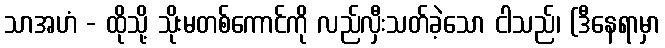
သာအဟံ - ထိုသို့ သိုးမတစ်ကောင်ကို လည်လှီးသတ်ခဲ့သော ငါသည်၊ (ဒီနေရာမှာ